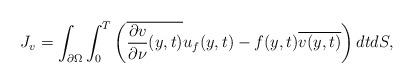
LaTeX: \begin{align*}J_v = \int_{\partial\Omega}\int_0^T\left(\overline{\frac{\partial v}{\partial\nu}(y,t)}u_f(y,t)-f(y,t)\overline{v(y,t)}\right)dtdS,\end{align*}